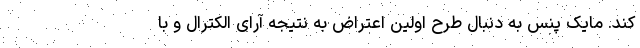
کند. مایک پنس به دنبال طرح اولین اعتراض به نتیجه آرای الکترال و با